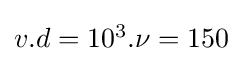
{\textstyle v.d=10^{3}.\nu =150}